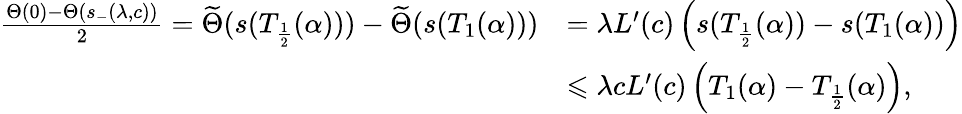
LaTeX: \begin{array}{rl}{\frac{{\Theta}(0)-{\Theta}(s_{-}(\lambda,c))}2=\widetilde{\Theta}(s(T_{\frac 12}(\alpha)))-\widetilde{\Theta}(s(T_{1}(\alpha)))}&{=\lambda L^{\prime}(c)\left(s(T_{\frac 12}(\alpha))-s(T_{1}(\alpha))\right)}\\ &{\leqslant\lambda cL^{\prime}(c)\left(T_{1}(\alpha)-T_{\frac 12}(\alpha)\right),}\end{array}